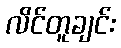
လိင်တူချင်း